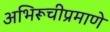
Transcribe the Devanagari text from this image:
अभिरूचीप्रमाणे